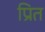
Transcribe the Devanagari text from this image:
प्रित